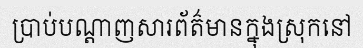
ប្រាប់បណ្តាញសារព័ត៌មានក្នុងស្រុកនៅ